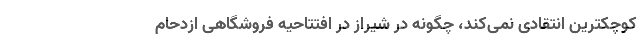
کوچکترین انتقادی نمی‌کند، چگونه در شیراز در افتتاحیه فروشگاهی ازدحام